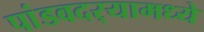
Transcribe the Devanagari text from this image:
पांडवदर्‍यामध्ये